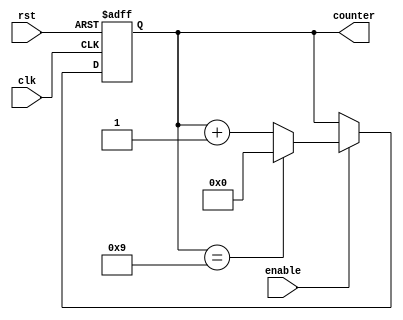
module bcd_up_counter_with_enable (
    input wire clk,
    input wire rst,
    input wire enable,
    output reg [3:0] counter
);

reg [3:0] next_counter;

always @(posedge clk or posedge rst) begin
    if (rst) begin
        counter <= 4'b0000;
    end else if (enable) begin
        counter <= next_counter;
    end
end

always @(*) begin
    if (counter == 4'b1001) begin
        next_counter = 4'b0000;
    end else begin
        next_counter = counter + 1;
    end
end

endmodule